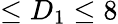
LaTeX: \leq D_{1}\leq 8